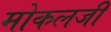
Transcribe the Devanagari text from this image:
मोकलजी